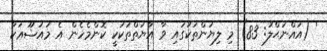
' (އައްނަޙްލު: 83) މި ލިޔުންތަކުގައި ވާ އާޔަތްތަކަކީ ކޮންމެހެން އެ މައުޟޫޢަކާ